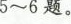
5~6题。